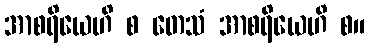
အာစရိယေဟိ စ တေသံ အာစရိယေဟိ စ။